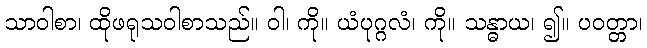
သာဝါစာ၊ ထိုဖရုသဝါစာသည်။ ဝါ၊ ကို။ ယံပုဂ္ဂလံ၊ ကို။ သန္ဓာယ၊ ၍။ ပဝတ္တာ၊